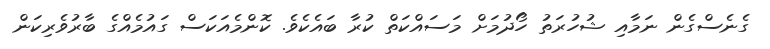
ގެނެސްގެން ނަމާއި ޝުހުރަތު ހޯދުމަށް މަސައްކަތް ކުރާ ބައެކެވެ. ކޮންމެއަކަސް ގައުމެއްގެ ބާރުވެރިކަން